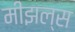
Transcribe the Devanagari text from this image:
मीझल्स